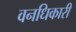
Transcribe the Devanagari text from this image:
वनधिकारी